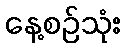
နေ့စဉ်သုံး